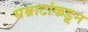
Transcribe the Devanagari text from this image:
सम्राटांकडून